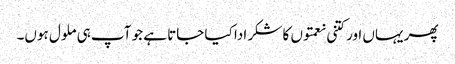
پھر یہاں اور کتنی نعمتوں کا شکر ادا کیا جاتا ہے جو آپ ہی ملول ہوں۔